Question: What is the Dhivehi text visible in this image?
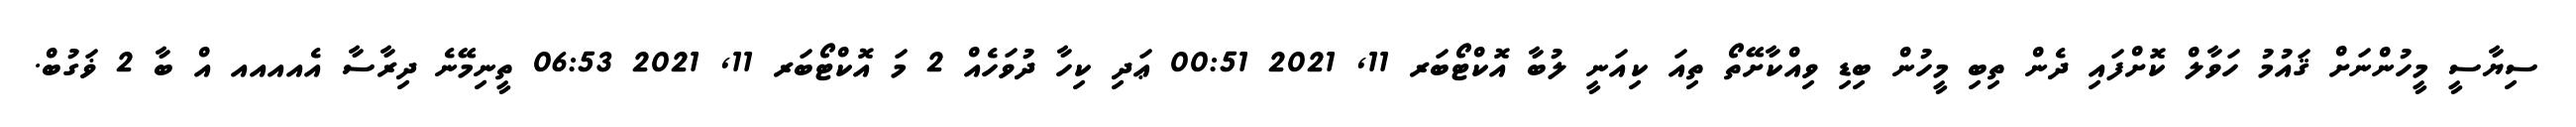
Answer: ސިޔާސީ މީހުންނަށް ޤައުމު ހަވާލް ކޮށްފައި ދެން ތިބި މީހުން ބިޑި ވިއްކާށޭތޯ ތިއަ ކިއަނީ ލުބާ އޮކްޓޯބަރ 11, 2021 00:51 ޢަދި ކިހާ ދުވަހެއް 2 މަ އޮކްޓޯބަރ 11, 2021 06:53 ތީނިމޭނެ ދިރާސާ އެއއއއ އް ބާ 2 ޥަގުބް.